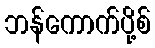
ဘန်ကောက်ပို့စ်